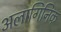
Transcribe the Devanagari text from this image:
अलागिनिक